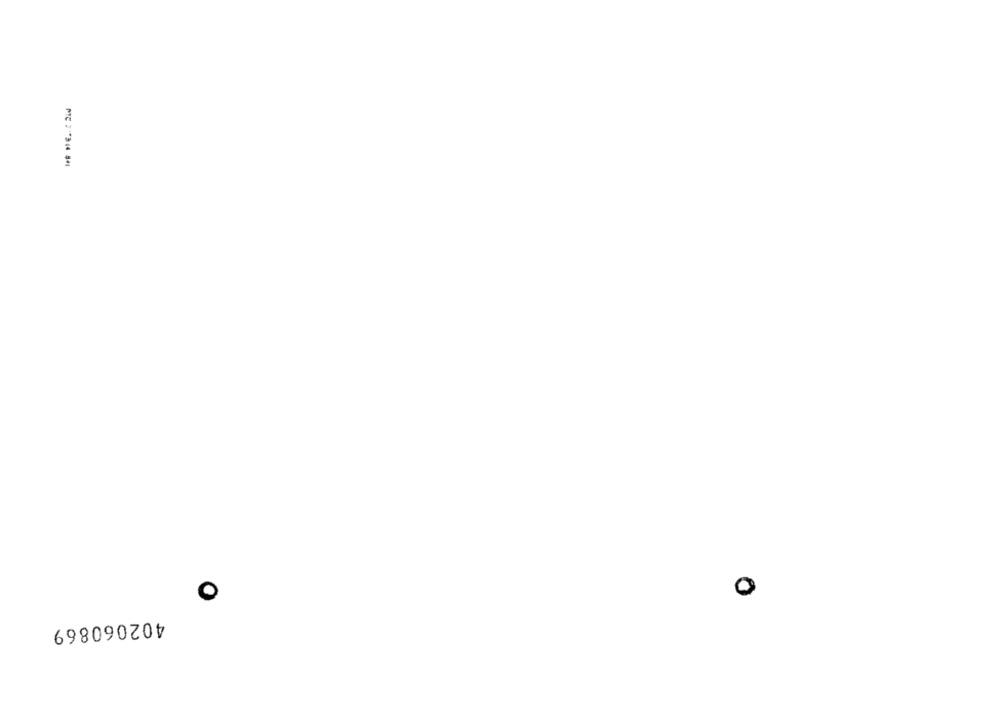
402060869